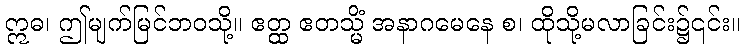
ဣဓ၊ ဤမျက်မြင်ဘဝသို့။ ဧတ္ထ ဧတသ္မိံ အနာဂမေနေ စ၊ ထိုသို့မလာခြင်း၌၎င်း။